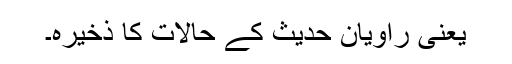
یعنی راویانِ حدیث کے حالات کا ذخیرہ۔